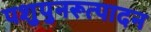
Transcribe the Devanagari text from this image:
पशुपुनरूत्पादन